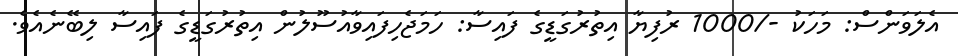
އެލަވަންސް: މަހަކު -/1000 ރުފިޔާ އިތުރުގަޑީގެ ފައިސާ: ހަމަޖެހިފައިވާއުސޫލުން އިތުރުގަޑީގެ ފައިސާ ލިބޭނެއެވެ.